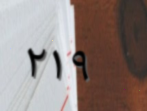
٢١٩